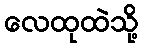
လေထုထဲသို့